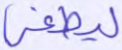
ليطغى